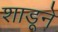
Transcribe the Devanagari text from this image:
शाडूने